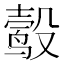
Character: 𬆮